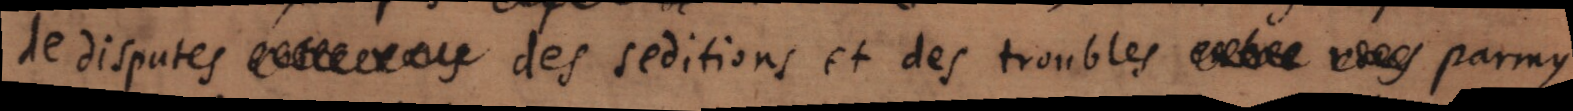
de disputes des seditions et des troubles parmy